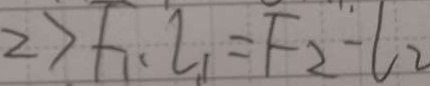
\Rightarrow F _ { 1 } \cdot l _ { 1 } = F _ { 2 } - l _ { 2 }